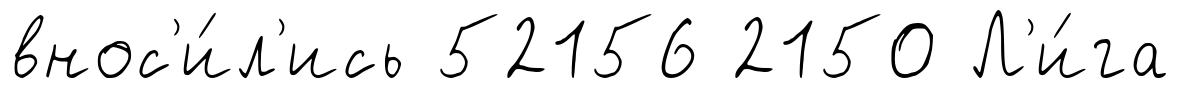
внос'и́л'ись 52156 2150 Л'и́га